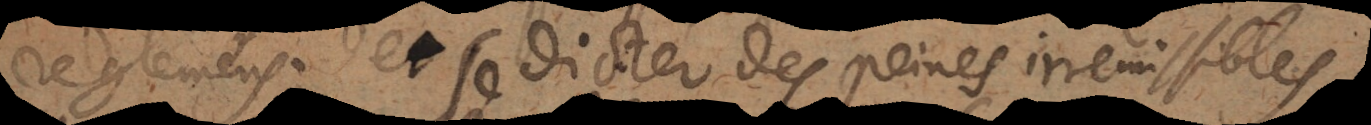
reglemens; et se dicter des peines irremissibles